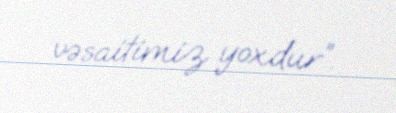
vəsaitimiz yoxdur”.